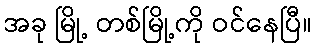
အခု မြို့ တစ်မြို့ကို ဝင်နေပြီ။